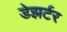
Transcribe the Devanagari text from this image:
डेझर्टर